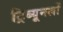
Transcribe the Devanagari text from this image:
ट्रिब्यूनलों